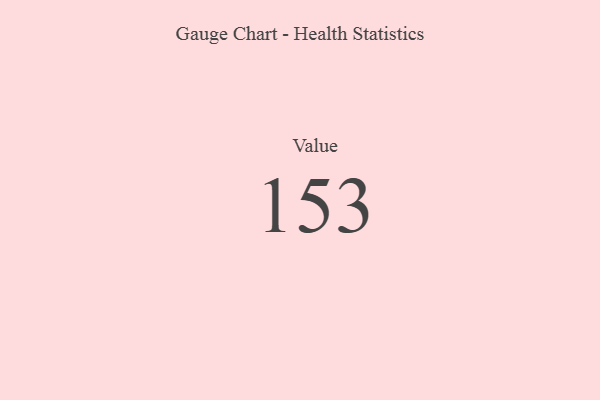
{"axis": {"x": "Metric", "y": "Value"}, "legend": [""], "data": [{"x": "Value", "y": 153, "type": ""}]}